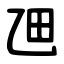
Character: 乪